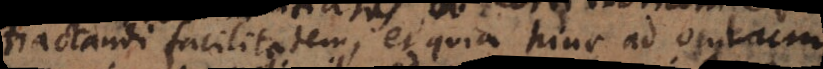
tractandi facilitatem, et quia hinc ad oculum